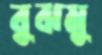
বুঝমু